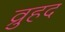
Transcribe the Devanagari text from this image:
व्रुहद